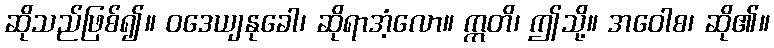
ဆိုသည်ဖြစ်၍။ ဝဒေယျနုခေါ၊ ဆိုရာအံ့လော။ ဣတိ၊ ဤသို့။ အဝေါစ၊ ဆို၏။